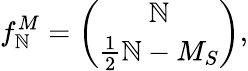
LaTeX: f_{\mathbb{N}}^{M}=\binom{\mathbb{N}}{\frac{{1}}{{2}}\mathbb{N}-M_{S}},